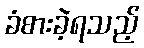
ခံစားခဲ့ရသည့်